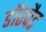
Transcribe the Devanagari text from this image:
डॉरपैट